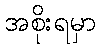
အစိုးရမှာ